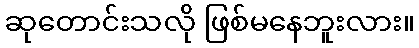
ဆုတောင်းသလို ဖြစ်မနေဘူးလား။